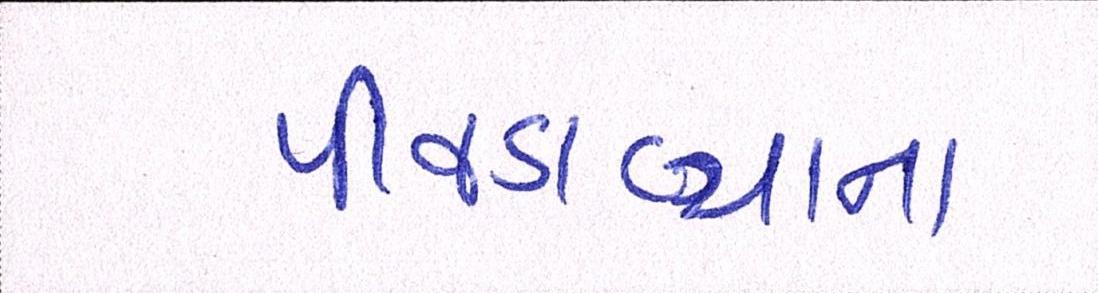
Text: પીવડાવ્યાના